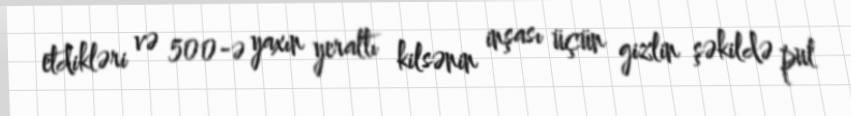
etdikləri və 500-ə yaxın yeraltı kilsənin inşası üçün gizlin şəkildə pul